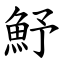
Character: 魣